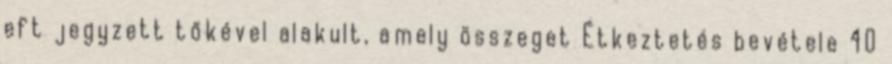
eft jegyzett tőkével alakult, amely összeget Étkeztetés bevétele 40